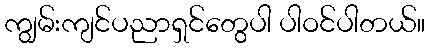
ကျွမ်းကျင်ပညာရှင်တွေပါ ပါဝင်ပါတယ်။